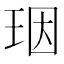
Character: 珚